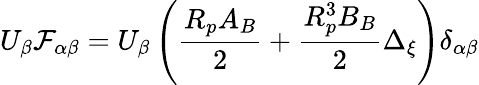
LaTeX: U_{\beta}\mathcal{F}_{\alpha\beta}=U_{\beta}\left(\frac{R_{p}A_{B}}{2}+\frac{R_{p}^{3}B_{B}}{2}\Delta_{\xi}\right)\delta_{\alpha\beta}